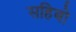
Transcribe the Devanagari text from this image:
सहिबो